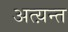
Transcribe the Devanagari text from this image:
अत्य़न्त